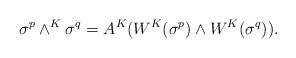
LaTeX: \begin{align*}\sigma^p \wedge^K \sigma^q = A^K(W^K(\sigma^p)\wedge W^K(\sigma^q)).\end{align*}